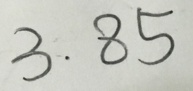
3 . 8 5